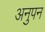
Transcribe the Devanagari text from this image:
अनुपन